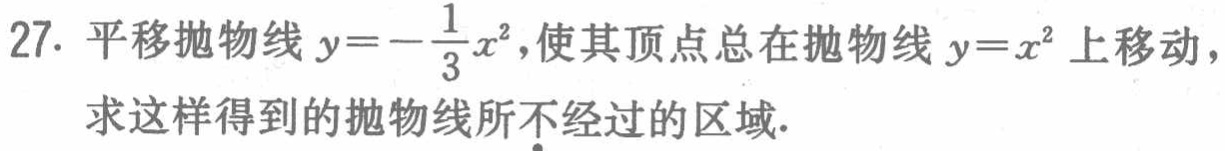
27. 平移抛物线\(y = -\frac{1}{3}x^{2}\)，使其顶点总在抛物线\(y = x^{2}\)上移动，求这样得到的抛物线所不经过的区域.